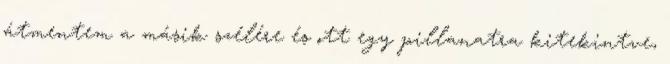
átmentem a másik szélére és ott egy pillanatra kitekintve,